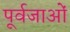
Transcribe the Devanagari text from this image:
पूर्वजाओं